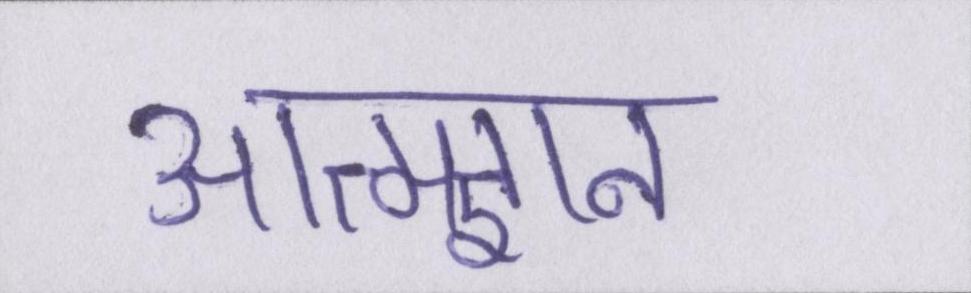
आत्मज्ञान